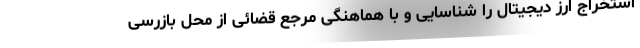
استخراج ارز دیجیتال را شناسایی و با هماهنگی مرجع قضائی از محل بازرسی